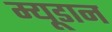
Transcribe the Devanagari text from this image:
म्यूडान